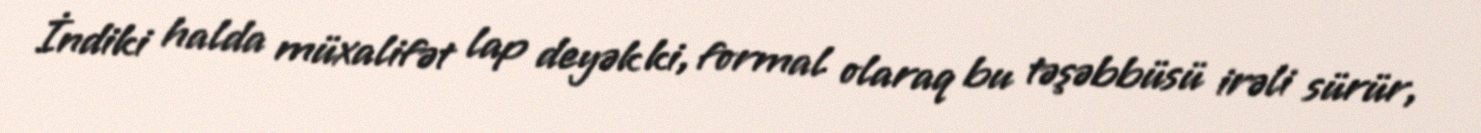
İndiki halda müxalifət lap deyək ki, formal olaraq bu təşəbbüsü irəli sürür,